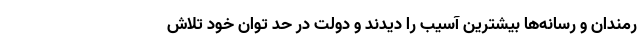
رمندان و رسانه‌ها بیشترین آسیب را دیدند و دولت در حد توان خود تلاش